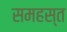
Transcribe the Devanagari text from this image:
समहस्त